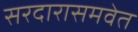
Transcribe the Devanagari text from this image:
सरदारासमवेत